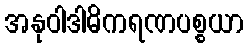
အနုဝါဒါဓိကရဏပစ္စယာ